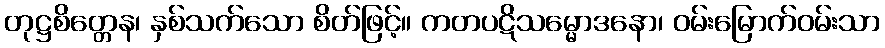
တုဋ္ဌစိတ္တေန၊ နှစ်သက်သော စိတ်ဖြင့်။ ကတပဋိသမ္မောဒနော၊ ဝမ်းမြောက်ဝမ်းသာ